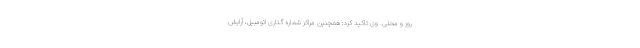
روز و محلی. وی تاکید کرد: همچنین مراکز شماره گذاری اتومبیل، آرایش